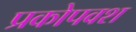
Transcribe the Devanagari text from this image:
प्रकोपवश